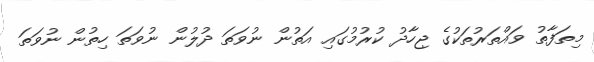
މިތަފާތު ވައްތަރުތަކުގެ ޖިހާދު ކުރުމުގައި އަތުން ނުވަތަ ދުލުން ނުވަތަ ހިތުން ނުވަތަ